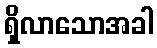
ရှိလာသောအခါ